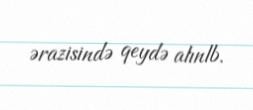
ərazisində qeydə alınlb.